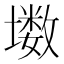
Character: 𱘊